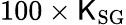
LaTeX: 100\times\mathsf{K}_{\mathrm{{SG}}}